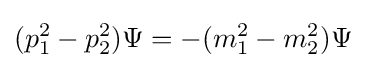
(p_{1}^{2}-p_{2}^{2})\Psi =-(m_{1}^{2}-m_{2}^{2})\Psi